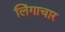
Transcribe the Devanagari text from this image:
लिंगाचार